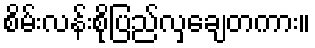
စိမ်းလန်းစိုပြည်လှချေတကား။